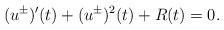
LaTeX: \begin{align*}(u^{\pm})'(t) + (u^{\pm})^2(t) + R(t) = 0.\end{align*}